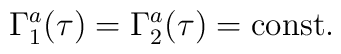
\Gamma_1^a(\tau)=\Gamma_2^a(\tau)={\rm const}.